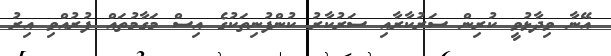
އޭނާ ވިދާޅުވީ ކުރިން ސަރުކާރާއި ސަރުކާރު ކުންފުނިތަކުގެ އިސް މަގާމުތައް ފުރުއްވި އިރު